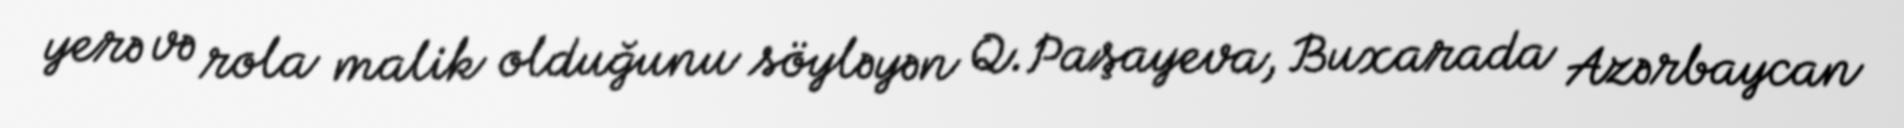
yerə və rola malik olduğunu söyləyən Q.Paşayeva, Buxarada Azərbaycan